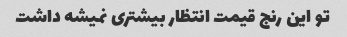
تو این رنج قیمت انتظار بیشتری نمیشه داشت